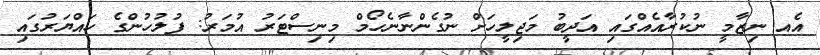
އެއ ނިޒާމީ ނުކުރާއެއްގައި އަދީބު މަޖިލީހަށް ނުގެންނާނެހޯމް މިނިސްޓަރު އުމަރު: ފުލުހުންގެ ހައްޔަރުގައި